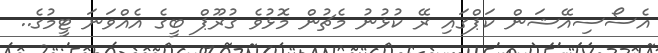
އެސޯސިއޭޝަން ކަޕްގައި ރޭ ކުޅުނު މެޗުން މޮޅުވެ ގުރޫޕް ބީގެ އެއްވަނަ ޓީމުގެ..